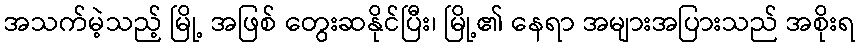
အသက်မဲ့သည့် မြို့ အဖြစ် တွေးဆနိုင်ပြီး၊ မြို့၏ နေရာ အများအပြားသည် အစိုးရ